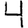
Digit: 4